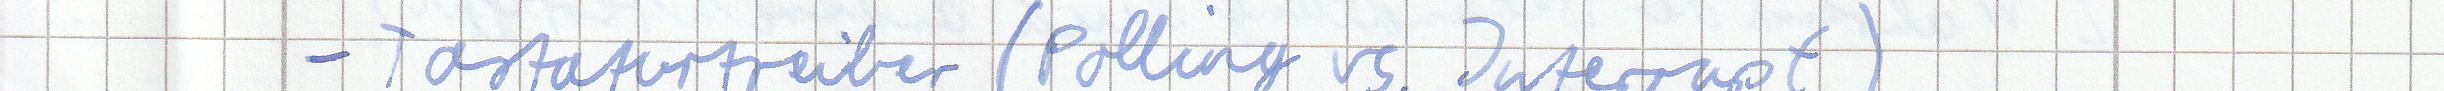
- Tastaturtreiber (Polling vs Interrupt)